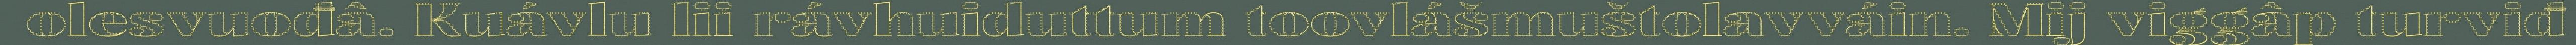
olesvuođâ. Kuávlu lii rávhuiduttum toovlášmuštolavváin. Mij viggâp turviđ